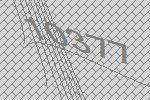
10377